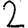
Digit: 2